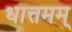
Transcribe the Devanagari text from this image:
धात्तमम्‌